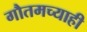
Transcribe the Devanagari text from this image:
गौतमच्याही